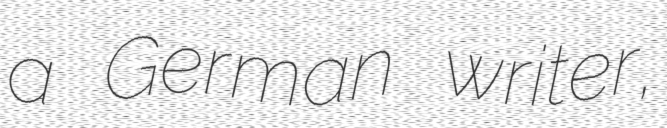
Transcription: a German writer,